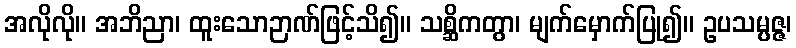
အလိုလို။ အဘိညာ၊ ထူးသောဉာဏ်ဖြင့်သိ၍။ သစ္ဆိကတွာ၊ မျက်မှောက်ပြု၍။ ဥပသမ္ပဇ္ဇ၊